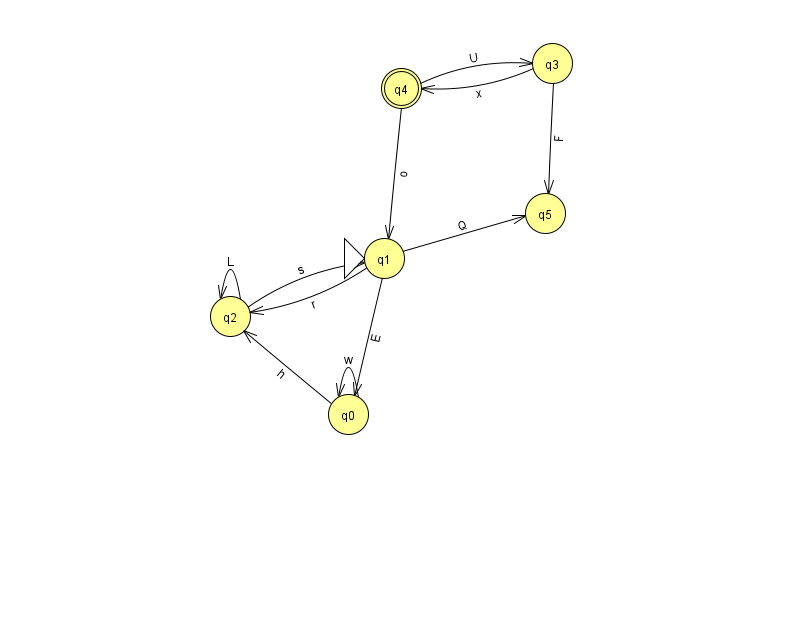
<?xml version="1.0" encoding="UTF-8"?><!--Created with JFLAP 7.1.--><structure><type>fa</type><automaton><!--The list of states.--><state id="0" name="q0"><x>348.0</x><y>401.0</y></state><state id="1" name="q1"><x>384.0</x><y>245.0</y><initial/></state><state id="2" name="q2"><x>230.0</x><y>303.0</y></state><state id="3" name="q3"><x>552.0</x><y>50.0</y></state><state id="4" name="q4"><x>401.0</x><y>75.0</y><final/></state><state id="5" name="q5"><x>545.0</x><y>200.0</y></state><!--The list of transitions.--><transition><from>3</from><to>4</to><read>x</read></transition><transition><from>0</from><to>2</to><read>h</read></transition><transition><from>1</from><to>0</to><read>E</read></transition><transition><from>1</from><to>5</to><read>Q</read></transition><transition><from>0</from><to>0</to><read>w</read></transition><transition><from>3</from><to>5</to><read>F</read></transition><transition><from>2</from><to>2</to><read>L</read></transition><transition><from>4</from><to>1</to><read>o</read></transition><transition><from>4</from><to>3</to><read>U</read></transition><transition><from>2</from><to>1</to><read>s</read></transition><transition><from>1</from><to>2</to><read>r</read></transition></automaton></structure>